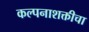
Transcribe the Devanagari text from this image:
कल्पनाशक्तीचा